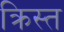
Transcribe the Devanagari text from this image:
क्रिस्त